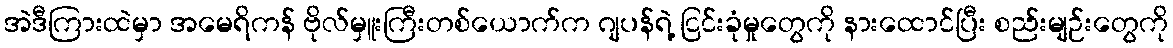
အဲဒီကြားထဲမှာ အမေရိကန် ဗိုလ်မှူးကြီးတစ်ယောက်က ဂျပန်ရဲ့ ငြင်းခုံမှုတွေကို နားထောင်ပြီး စည်းမျဉ်းတွေကို